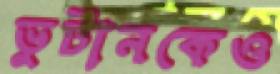
ভুটানকেও